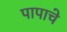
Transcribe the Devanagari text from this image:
पापाचे